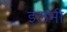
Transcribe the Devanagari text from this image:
इलमी